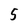
Character: 5